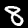
Label: 8